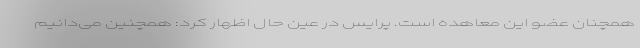
همچنان عضو این معاهده است. پرایس در عین حال اظهار کرد: همچنین می‌دانیم